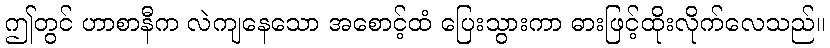
ဤတွင် ဟာစာနီက လဲကျနေသော အစောင့်ထံ ပြေးသွားကာ ဓားဖြင့်ထိုးလိုက်လေသည်။